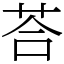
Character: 荅